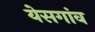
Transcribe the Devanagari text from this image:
येसगांव